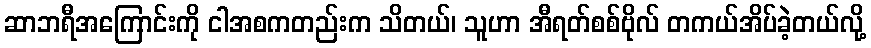
ဆာဘရီအကြောင်းကို ငါအစကတည်းက သိတယ်၊ သူဟာ အီရတ်စစ်ဗိုလ် တကယ်အိပ်ခဲ့တယ်လို့